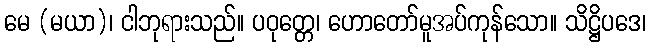
မေ (မယာ)၊ ငါဘုရားသည်။ ပဝုတ္တေ၊ ဟောတော်မူအပ်ကုန်သော။ သိဋ္ဌိပဒေ၊